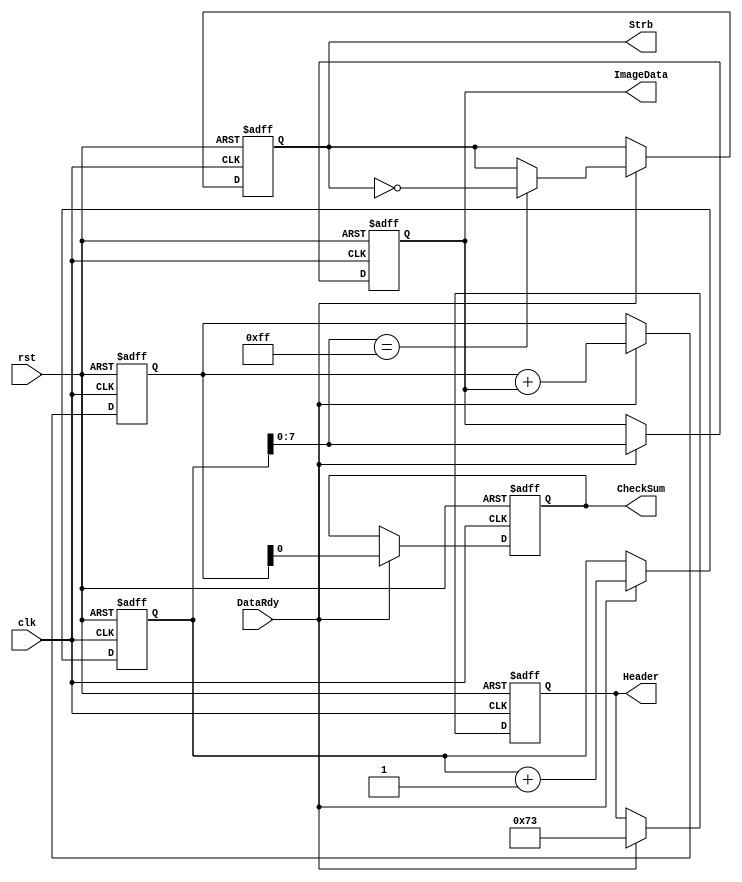
module dut(
    input wire clk,
    input wire rst,
    input wire DataRdy,
    output reg [7:0] Header,
    output reg [7:0] ImageData,
    output reg CheckSum,
    output reg Strb
);

// Parameters
parameter IMAGE_WIDTH = 346;
parameter IMAGE_HEIGHT = 371;

// Internal variables
reg [15:0] counter;
reg [7:0] checksum_accumulator;

// Initialize
initial begin
    Header <= 8'b0;
    ImageData <= 8'b0;
    CheckSum <= 1'b0;
    Strb <= 1'b0;
    counter <= 16'b0;
    checksum_accumulator <= 8'b0;
end

always @(posedge clk or posedge rst) begin
    if (rst) begin
        Header <= 8'b0;
        ImageData <= 8'b0;
        CheckSum <= 1'b0;
        Strb <= 1'b0;
        counter <= 16'b0;
        checksum_accumulator <= 8'b0;
    end else if (DataRdy) begin
        // Example logic for header, image data, checksum, and strobe signal
        Header <= {IMAGE_WIDTH[7:0], IMAGE_HEIGHT[7:0]}; // Sample header
        ImageData <= counter[7:0]; // Sample image data
        checksum_accumulator <= checksum_accumulator + ImageData;
        CheckSum <= checksum_accumulator;
        
        // Strobe signal logic
        Strb <= (counter[7:0] == 8'hFF) ? ~Strb : Strb;
        counter <= counter + 1;
    end
end

endmodule